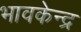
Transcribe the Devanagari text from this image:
भावकेन्द्र